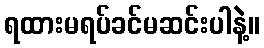
ရထားမရပ်ခင်မဆင်းပါနဲ့။